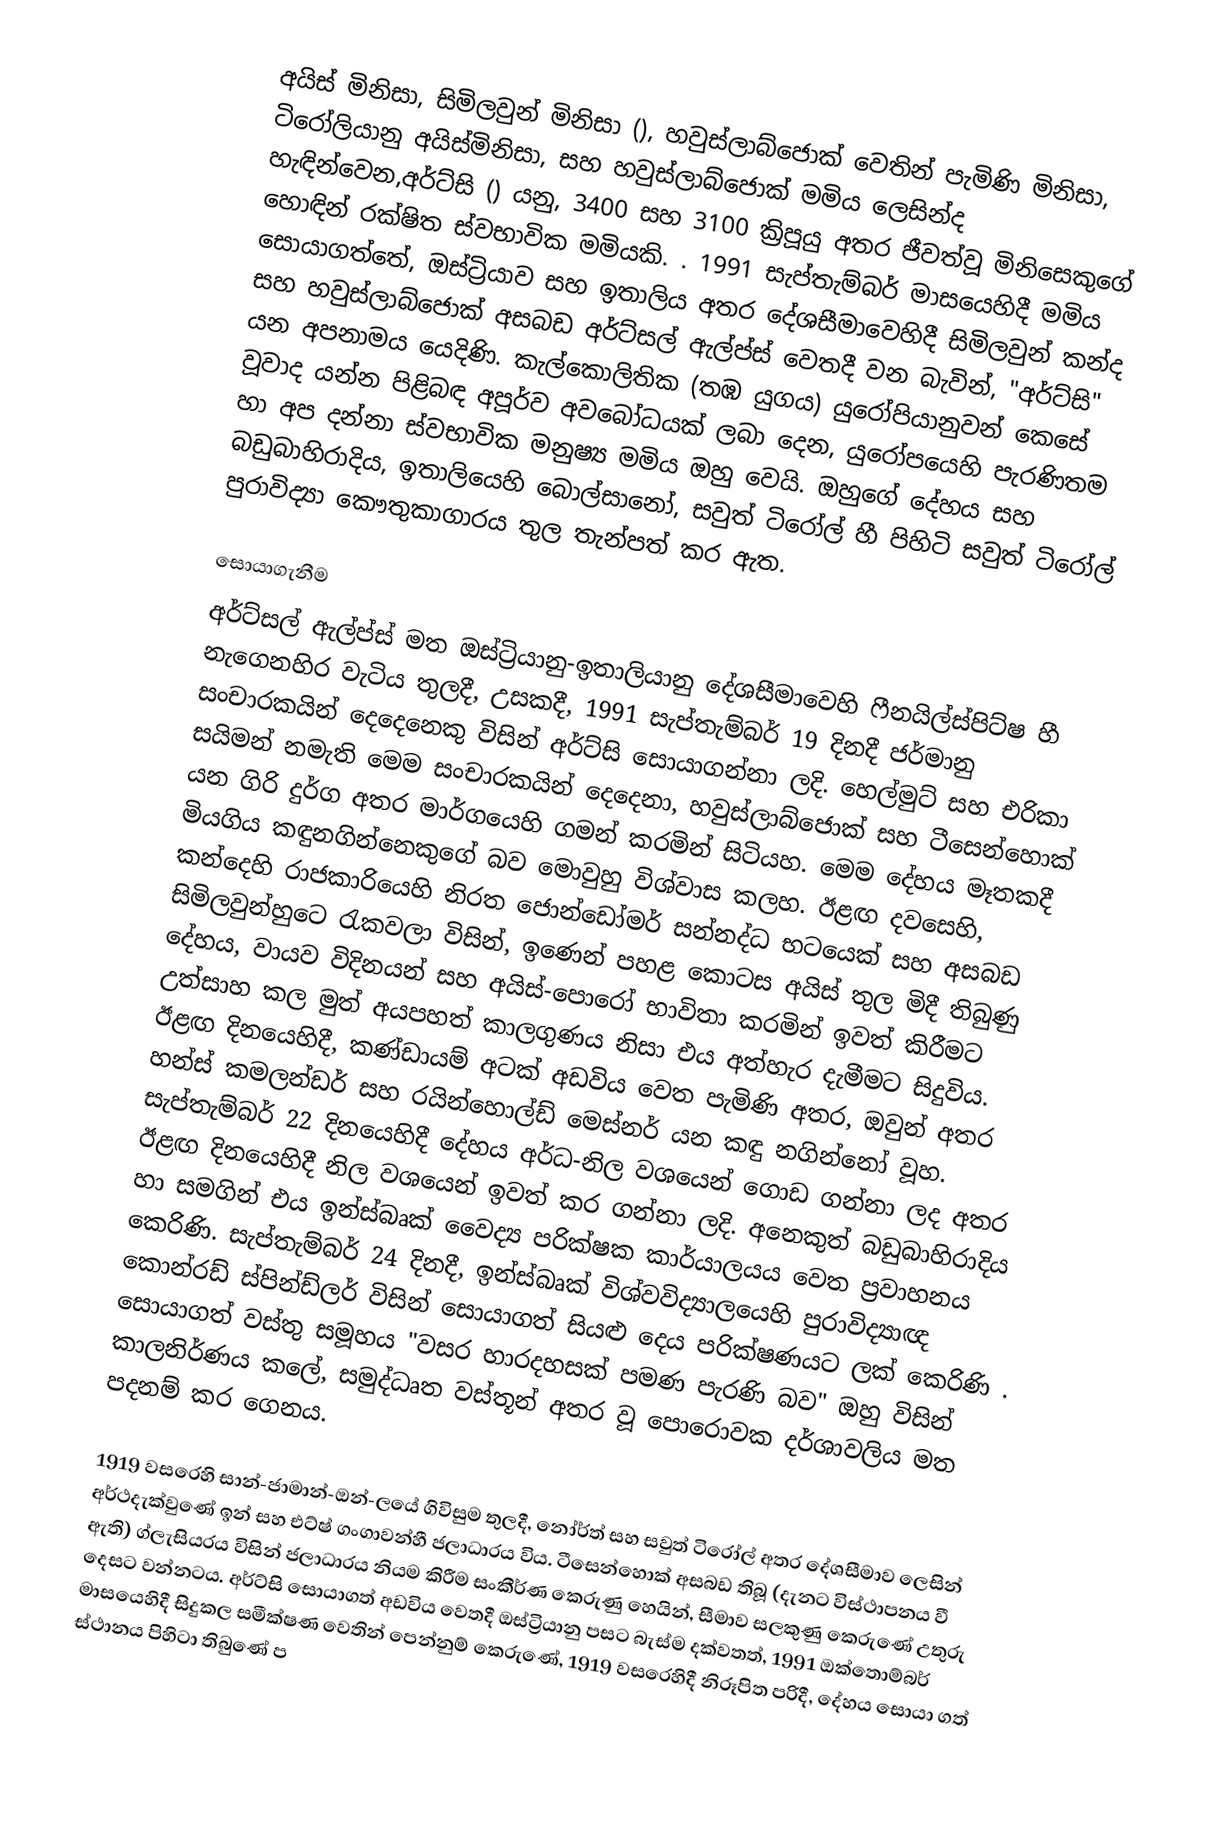
අයිස් මිනිසා, සිමිලවුන් මිනිසා (), හවුස්ලාබ්ජොක් වෙතින් පැමිණි මිනිසා, ටිරෝලියානු අයිස්මිනිසා, සහ  හවුස්ලාබ්ජොක් මමිය ලෙසින්ද හැඳින්වෙන,අර්ට්සි () යනු, 3400 සහ 3100 ක්‍රිපූයු අතර ජීවත්වූ මිනිසෙකුගේ හොඳින් රක්ෂිත ස්වභාවික මමියකි. . 1991 සැප්තැම්බර් මාසයෙහිදී  මමිය සොයාගත්තේ, ඔස්ට්‍රියාව සහ ඉතාලිය අතර දේශසීමාවෙහිදී සිමිලවුන් කන්ද සහ හවුස්ලාබ්ජොක් අසබඩ අර්ට්සල් ඇල්ප්ස් වෙතදී වන බැවින්,  "අර්ට්සි" යන අපනාමය යෙදිණි.  කැල්කොලිතික (තඹ යුගය) යුරෝපියානුවන් කෙසේ වූවාද යන්න පිළිබඳ අපූර්ව අවබෝධයක් ලබා දෙන, යුරෝපයෙහි පැරණිතම හා අප දන්නා ස්වභාවික මනුෂ්‍ය මමිය ඔහු වෙයි. ඔහුගේ දේහය සහ බඩුබාහිරාදිය, ඉතාලියෙහි  බොල්සානෝ, සවුත් ටිරෝල් හී පිහිටි සවුත් ටිරෝල් පුරාවිද්‍යා කෞතුකාගාරය තුල තැන්පත් කර ඇත.

සොයාගැනීම
අර්ට්සල් ඇල්ප්ස්  මත ඔස්ට්‍රියානු-ඉතාලියානු දේශසීමාවෙහි  ෆීනයිල්ස්පිට්ෂ හී නැගෙනහිර වැටිය තුලදී,   උසකදී, 1991 සැප්තැම්බර් 19 දිනදී ජර්මානු සංචාරකයින් දෙදෙනෙකු විසින් අර්ට්සි සොයාගන්නා ලදි. හෙල්මුට් සහ එරිකා සයිමන් නමැති මෙම සංචාරකයින් දෙදෙනා, හවුස්ලාබ්ජොක් සහ ටීසෙන්හොක් යන ගිරි දුර්ග අතර මාර්ගයෙහි ගමන් කරමින් සිටියහ. මෙම දේහය මෑතකදී මියගිය කඳුනගින්නෙකුගේ බව මොවුහු විශ්වාස කලහ.  ඊළඟ දවසෙහි, කන්දෙහි රාජකාරියෙහි නිරත ජොන්ඩෝමර් සන්නද්ධ භටයෙක් සහ අසබඩ සිමිලවුන්හුටෙ රැකවලා විසින්, ඉණෙන් පහළ කොටස අයිස් තුල මිදී  තිබුණු දේහය,  වායව විදිනයන් සහ අයිස්-පොරෝ භාවිතා කරමින් ඉවත් කිරීමට උත්සාහ කල මුත් අයපහත් කාලගුණය නිසා එය අත්හැර දැමීමට සිදුවිය. ඊළඟ දිනයෙහිදී, කණ්ඩායම් අටක් අඩවිය වෙත පැමිණි අතර, ඔවුන් අතර හන්ස් කමලන්ඩර් සහ රයින්හොල්ඩ් මෙස්නර් යන කඳු නගින්නෝ වූහ. සැප්තැම්බර් 22 දිනයෙහිදී දේහය අර්ධ-නිල වශයෙන් ගොඩ ගන්නා ලද අතර ඊළඟ දිනයෙහිදී නිල වශයෙන් ඉවත් කර ගන්නා ලදි. අනෙකුත් බඩුබාහිරාදිය හා සමගින් එය ඉන්ස්බෘක් වෛද්‍ය පරික්ෂක කාර්යාලයය වෙත ප්‍රවාහනය කෙරිණි. සැප්තැම්බර් 24 දිනදී,  ඉන්ස්බෘක් විශ්වවිද්‍යාලයෙහි පුරාවිද්‍යාඥ කොන්රඩ් ස්පින්ඩ්ලර් විසින් සොයාගත් සියළු දෙය පරික්ෂණයට ලක් කෙරිණි . සොයාගත් වස්තු සමූහය "වසර හාරදහසක් පමණ පැරණි බව" ඔහු විසින් කාලනිර්ණය කලේ, සමුද්ධෘත වස්තූන් අතර වූ පොරොවක දර්ශාවලිය මත පදනම් කර ගෙනය.

1919 වසරෙහි සාන්-ජාමාන්-ඔන්-ලයේ ගිවිසුම තුලදී, නෝර්ත් සහ සවුත් ටිරෝල් අතර දේශසීමාව ලෙසින් අර්ථදැක්වුණේ ඉන් සහ එට්ෂ් ගංගාවන්හී ජලාධාරය විය. ටීසෙන්හොක් අසබඩ තිබූ (දැනට විස්ථාපනය වී ඇති) ග්ලැසියරය විසින් ජලාධාරය නියම කිරීම සංකීර්ණ කෙරුණු හෙයින්, සීමාව සලකුණු කෙරුණේ උතුරු දෙසට වන්නටය. අර්ට්සි සොයාගත් අඩවිය වෙතදී  ඔස්ට්‍රියානු පසට බැස්ම දක්වතත්, 1991 ඔක්තොම්බර් මාසයෙහිදී සිදුකල සමීක්ෂණ වෙතින් පෙන්නුම් කෙරුණේ, 1919 වසරෙහිදී නිරූපිත  පරිදී, දේහය සොයා ගත් ස්ථානය පිහිටා තිබුණේ  ප